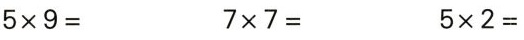
$$5 \times 9 =$$ $$7 \times 7 =$$ $$5 \times 2 =$$